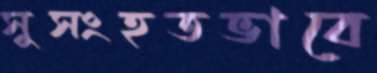
সুসংহতভাবে